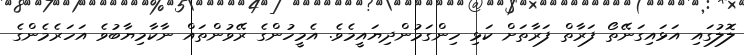
ލޮލުގައި އަޅައިގަނޭތޯ ފަރާތް ފަރާތަށް ކަޅި ހިންގަމުންދިޔައީމެވެ. އެމީހުންގެ ރޭވުންތައް ނާކާމިޔާބުވެ އަހަރެމެންގެ